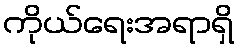
ကိုယ်ရေးအရာရှိ